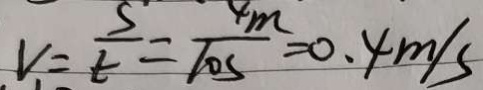
V = \frac { s } { t } = \frac { 4 m } { 1 0 s } = 0 . 4 m / s